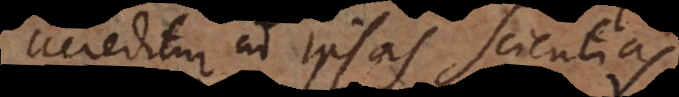
acceditur ad ipsas scientias,